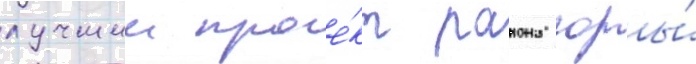
лучшии прое́кт раиона горы́